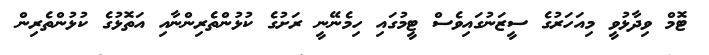
ޓޮމް ވިދާޅުވީ މިއަހަރުގެ ސީޒަނުގައިވެސް ޓީމުގައި ހިމެނޭނީ ރަށުގެ ކުޅުންތެރިންނާއި އަތޮޅުގެ ކުޅުންތެރިން